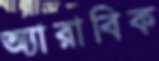
অ্যারাবিক